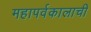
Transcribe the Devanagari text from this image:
महापर्वकालाची